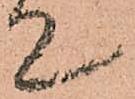
て